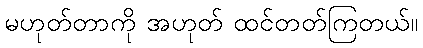
မဟုတ်တာကို အဟုတ် ထင်တတ်ကြတယ်။